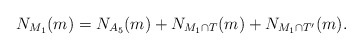
\begin{align*}N_{M_1}(m) = N_{A_5}(m) + N_{M_1\cap T}(m) + N_{M_1 \cap T'}(m).\end{align*}